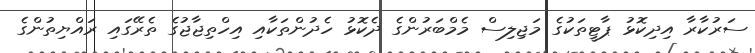
ސަރުކާރާ އިދިކޮޅު ޕާޓީތަކުގެ މަޖިލިސް މެމްބަރުންގެ ދެކޮޅު ހެދުންތަކާއި އިހްތިޖާޖުގެ ތެރޭގައި ރައްޔިތުންގެ